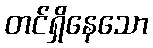
တင်ရှိနေသော